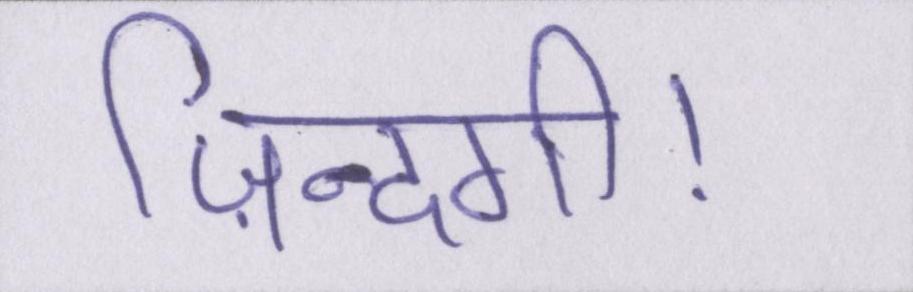
ज़िन्दगी।